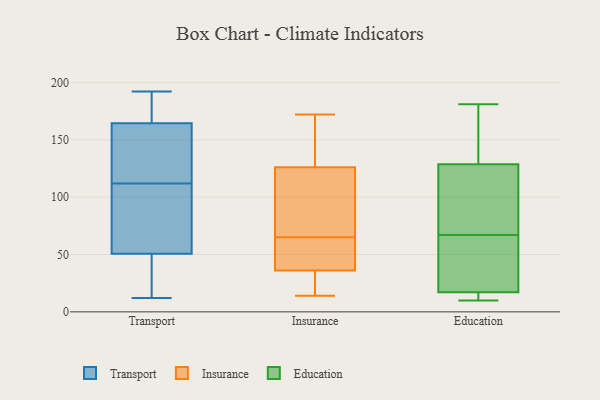
{"axis": {"x": "Satisfaction Score", "y": "Value"}, "legend": ["Education", "Insurance", "Transport"], "data": [{"x": "", "y": 117, "type": "Transport"}, {"x": "", "y": 83, "type": "Transport"}, {"x": "", "y": 178, "type": "Transport"}, {"x": "", "y": 12, "type": "Transport"}, {"x": "", "y": 77, "type": "Transport"}, {"x": "", "y": 24, "type": "Transport"}, {"x": "", "y": 164, "type": "Transport"}, {"x": "", "y": 63, "type": "Transport"}, {"x": "", "y": 190, "type": "Transport"}, {"x": "", "y": 112, "type": "Transport"}, {"x": "", "y": 16, "type": "Transport"}, {"x": "", "y": 51, "type": "Transport"}, {"x": "", "y": 113, "type": "Transport"}, {"x": "", "y": 117, "type": "Transport"}, {"x": "", "y": 166, "type": "Transport"}, {"x": "", "y": 50, "type": "Transport"}, {"x": "", "y": 192, "type": "Transport"}, {"x": "", "y": 124, "type": "Insurance"}, {"x": "", "y": 49, "type": "Insurance"}, {"x": "", "y": 25, "type": "Insurance"}, {"x": "", "y": 77, "type": "Insurance"}, {"x": "", "y": 135, "type": "Insurance"}, {"x": "", "y": 126, "type": "Insurance"}, {"x": "", "y": 127, "type": "Insurance"}, {"x": "", "y": 14, "type": "Insurance"}, {"x": "", "y": 38, "type": "Insurance"}, {"x": "", "y": 86, "type": "Insurance"}, {"x": "", "y": 172, "type": "Insurance"}, {"x": "", "y": 23, "type": "Insurance"}, {"x": "", "y": 53, "type": "Insurance"}, {"x": "", "y": 36, "type": "Insurance"}, {"x": "", "y": 79, "type": "Education"}, {"x": "", "y": 67, "type": "Education"}, {"x": "", "y": 13, "type": "Education"}, {"x": "", "y": 29, "type": "Education"}, {"x": "", "y": 80, "type": "Education"}, {"x": "", "y": 31, "type": "Education"}, {"x": "", "y": 11, "type": "Education"}, {"x": "", "y": 145, "type": "Education"}, {"x": "", "y": 181, "type": "Education"}, {"x": "", "y": 154, "type": "Education"}, {"x": "", "y": 10, "type": "Education"}]}